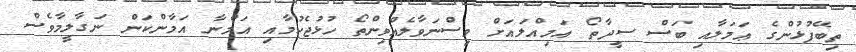
ތިބޭފުޅުންގެ ޢަމަލާއި ބަސް ސީދާތޯ އަމިއްލައަށް ވިސްނަވާލެއްވިންތޯ ހުޅުޖެހުމާއި އަމްނާ އަމާންކަން ނަގާލީމާވެސް